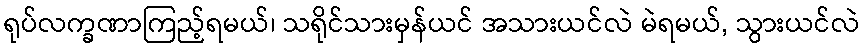
ရုပ်လက္ခဏာကြည့်ရမယ်၊ သရိုင်သားမှန်ယင် အသားယင်လဲ မဲရမယ်, သွားယင်လဲ